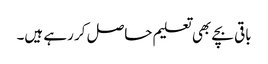
باقی بچے بھی تعلیم حاصل کر رہے ہیں۔